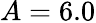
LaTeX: A=6.0